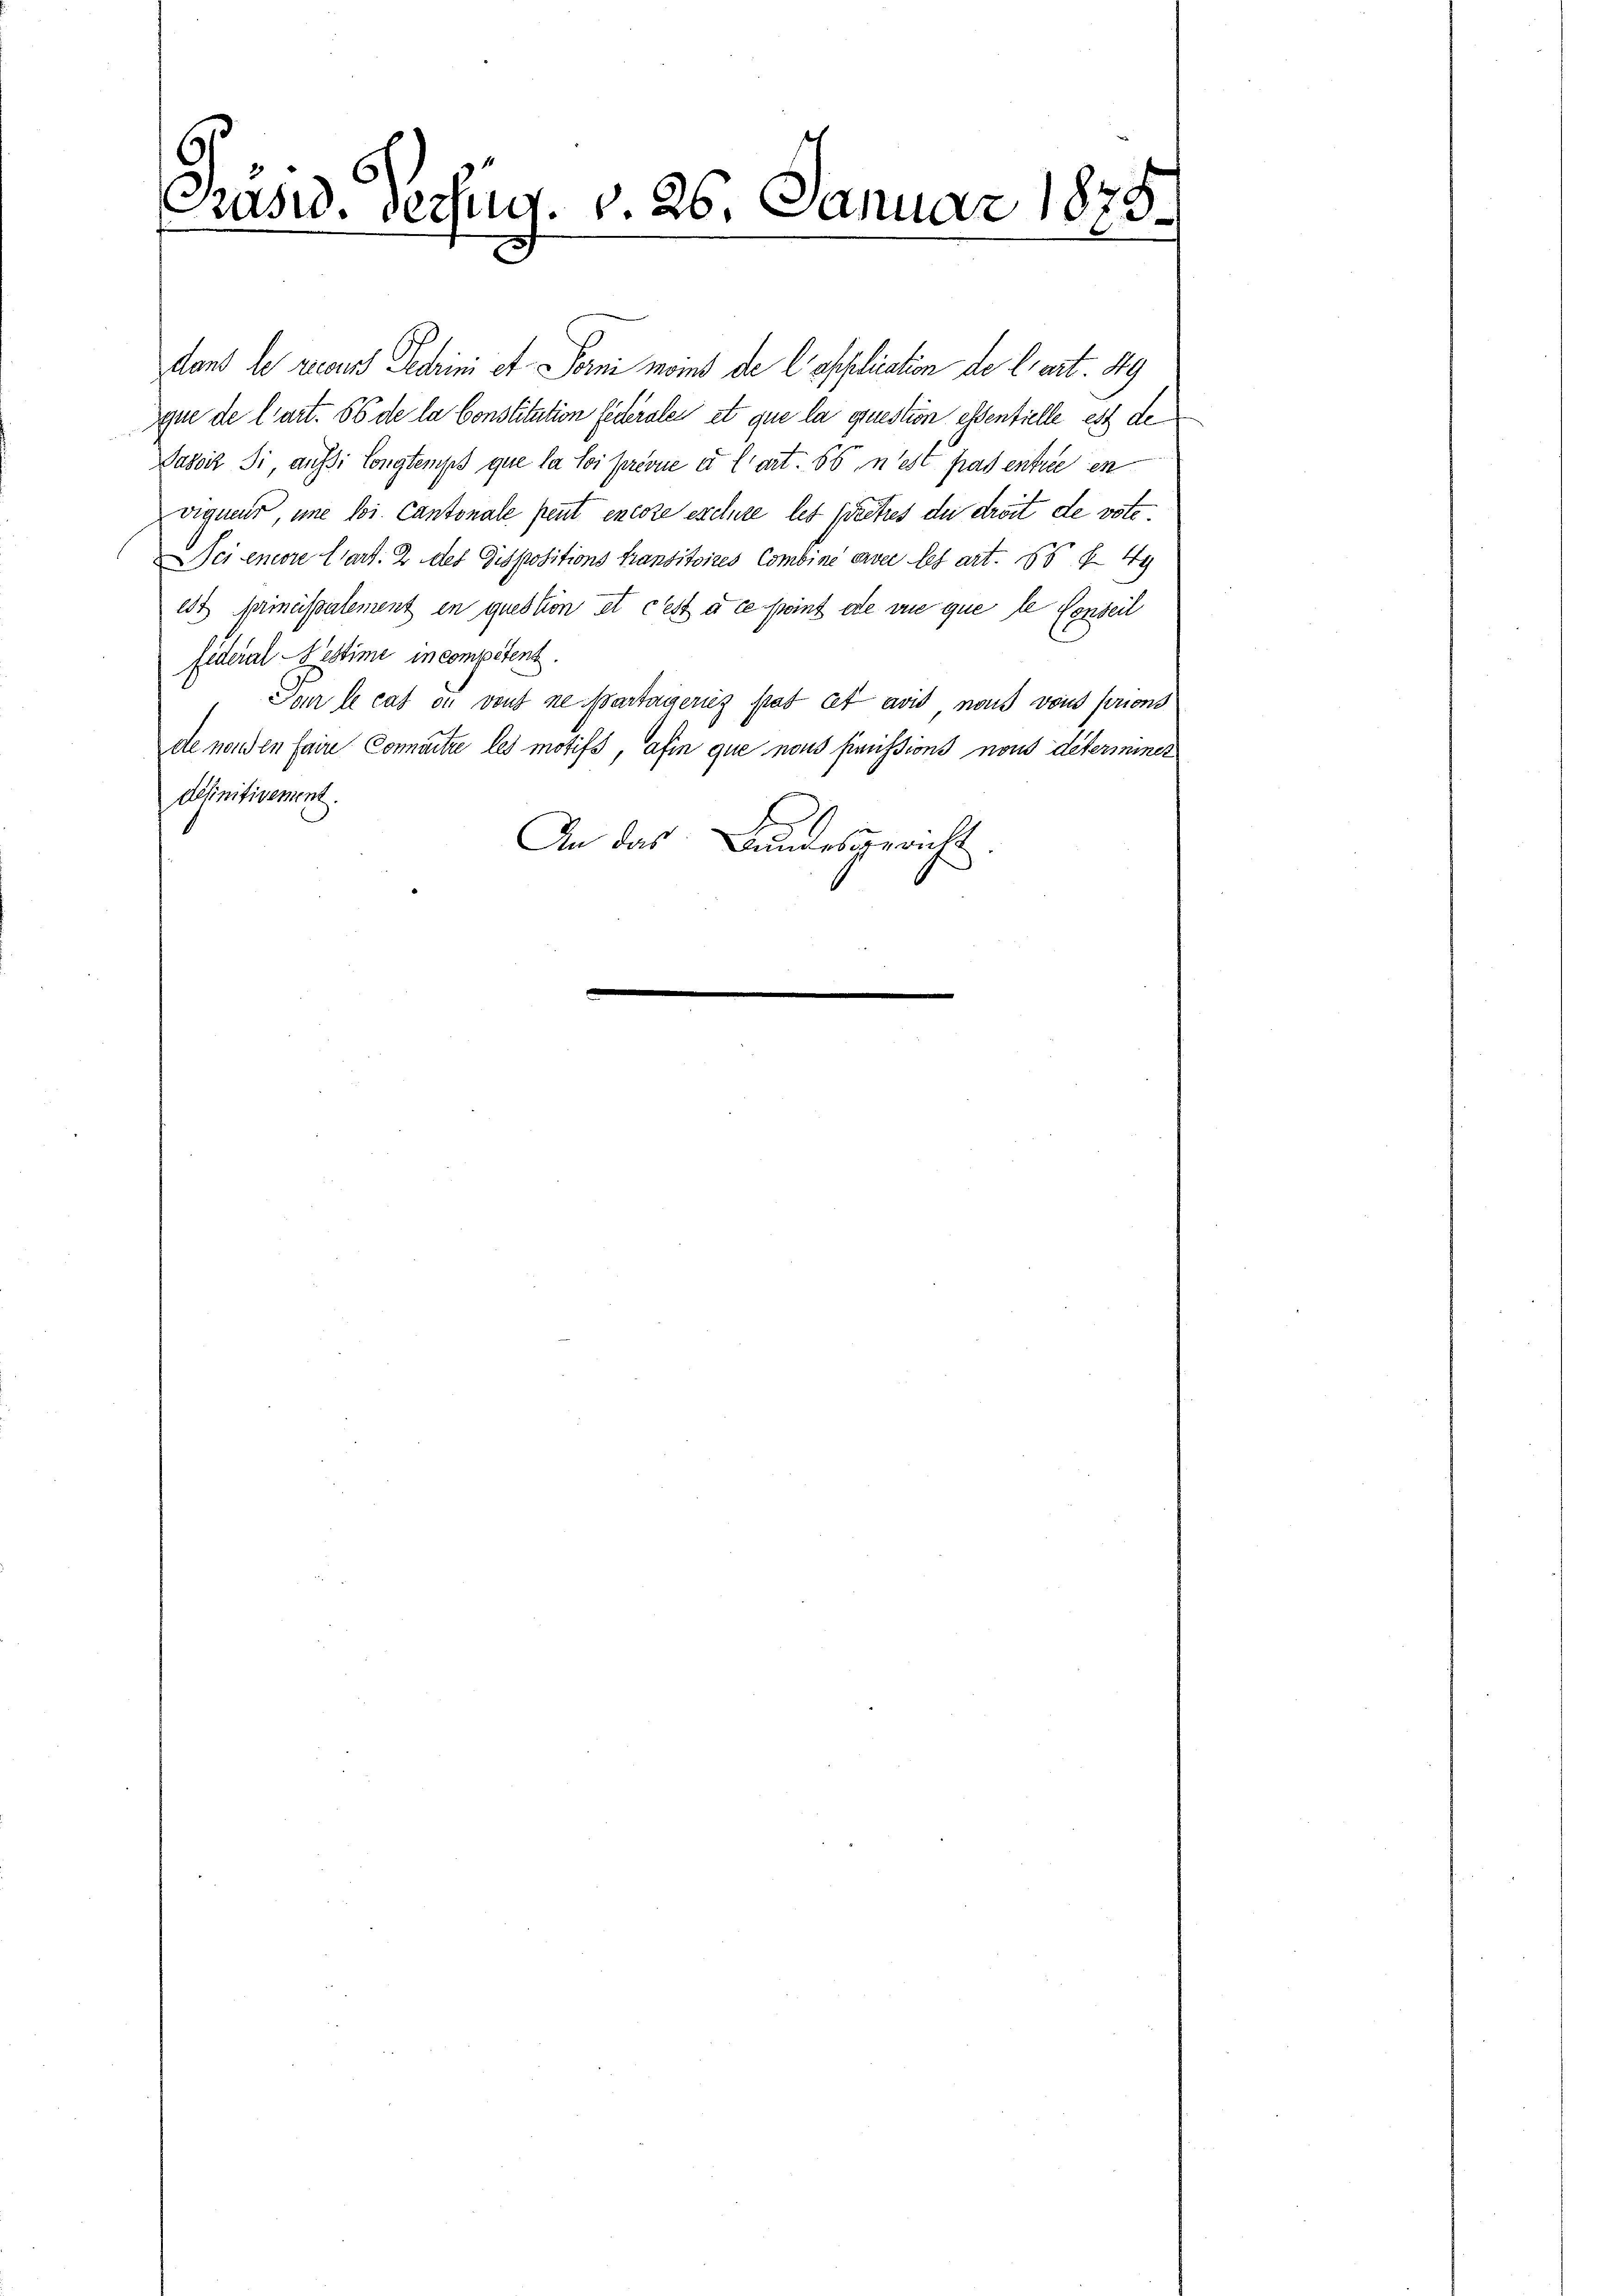
Präsid. Verzug. v. 26. Januar 1875.

dans le recus Petrini et Forni moins de l’application de l’art. 49
Igne de l’art. 66 de la Constitution federales et que la question essentielle est de¬
Dasocz Si, aussi longtemps que la loi prévue et l’art. 56, n’est pas entrée en
vigner, une loi. Cantonale peut encore exclure les juritzes du droit de vote
Sciencore Cart. 2 des Dispositions transitoires Combine orver les art. 65 f 49
edt gerinaissalement en question et cest à ce point die vie que le Conseil
fideral-Bestime in competent.
Pour le cas du von ne partariseries stat cet avis nous von prions
de nonden faire Connaitre les motifs, afin que nous simissions nous determiner
définitivement.
An das Bundesgericht